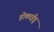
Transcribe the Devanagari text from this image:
होकाईडू